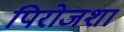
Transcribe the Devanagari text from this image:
पिरोजशा